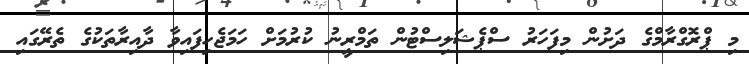
މި ޕްރޮގްރާމްގެ ދަށުން މިފަހަރު ސްޕެޝަލިސްޓުން ތަމްރީނު ކުރުމަށް ހަމަޖެހިފައިވާ ދާއިރާތަކުގެ ތެރޭގައި